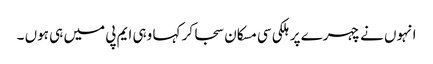
انہوں نے چہرے پر ہلکی سی مسکان سجا کر کہا وہی ایم پی میں ہی ہوں ۔